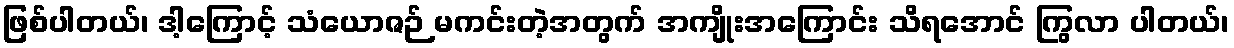
ဖြစ်ပါတယ်၊ ဒါ့ကြောင့် သံယောဇဉ် မကင်းတဲ့အတွက် အကျိုးအကြောင်း သိရအောင် ကြွလာ ပါတယ်၊